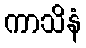
ကာသိနံ